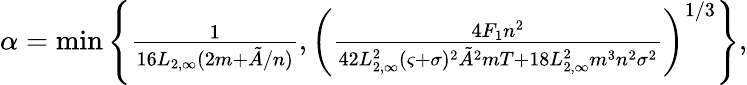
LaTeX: \begin{array}{r}{\alpha=\operatorname*{min}\left\{ \frac{1}{16L_{2,\infty}(2m+\tilde{A}/n)},\left(\frac{4F_{1}n^{2}}{42L_{2,\infty}^{2}(\varsigma+\sigma)^{2}\tilde{A}^{2}mT+18L_{2,\infty}^{2}m^{3}n^{2}\sigma^{2}}\right)^{1/3}\right\} ,}\end{array}